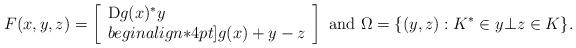
LaTeX: \begin{align*}F(x,y,z)=\left[\begin{array}{l}{\rm D}g(x)^*y\\begin{align*}4pt]g(x)+y-z\end{array}\right] \mbox{ and } \Omega=\{(y,z): K^* \in y \bot z \in K\}.\end{align*}